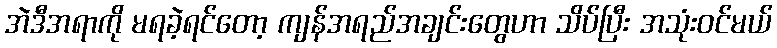
အဲဒီအရာကို မရခဲ့ရင်တော့ ကျန်အရည်အချင်းတွေဟာ သိပ်ပြီး အသုံးဝင်မယ်